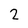
Character: 2